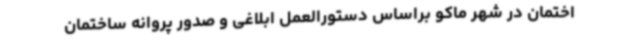
اختمان در شهر ماکو براساس دستورالعمل ابلاغی و صدور پروانه ساختمان